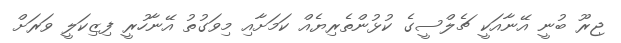
ޖިރޫ ބުނީ އޭނާއަކީ ޗެލްސީގެ ކުޅުންތެރިޔެއް ކަމަށާއި މިވަގުތު އޭނާހުރީ ފިޒިކަލީ ވަރަށް